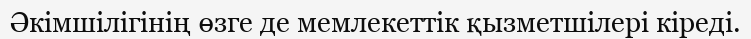
Әкімшілігінің өзге де мемлекеттік қызметшілері кіреді.